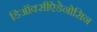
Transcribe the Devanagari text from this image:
डिऑक्सीऐडेनोसिन